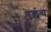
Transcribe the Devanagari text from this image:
रेईच